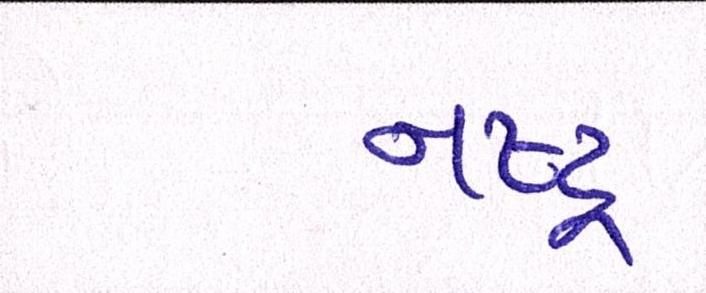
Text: નષ્ટ્ર